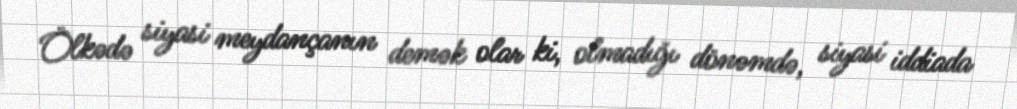
Ölkədə siyasi meydançanın demək olar ki, olmadığı dönəmdə, siyasi iddiada